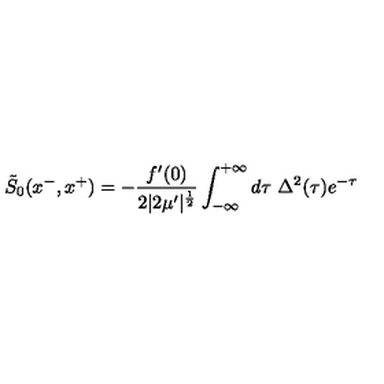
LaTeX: \tilde { S } _ { 0 } ( x ^ { - } , x ^ { + } ) = - { \frac { f ^ { \prime } ( 0 ) } { 2 | 2 \mu ^ { \prime } | ^ { \frac { 1 } { 2 } } } } \int _ { - \infty } ^ { + \infty } d \tau \ \Delta ^ { 2 } ( \tau ) e ^ { - \tau }